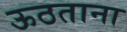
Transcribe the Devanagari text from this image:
ऊठताना